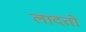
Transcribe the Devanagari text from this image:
लादतो